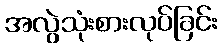
အလွဲသုံးစားလုပ်ခြင်း